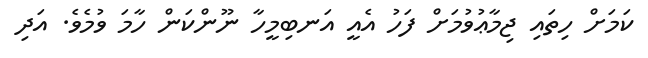
ކަމަށް ހިތައި ޖިމާޢުވުމަށް ފަހު އެއީ އަނބިމީހާ ނޫންކަން ހާމަ ވުމެވެ. އަދި